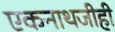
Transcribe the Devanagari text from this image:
एकनाथजीही